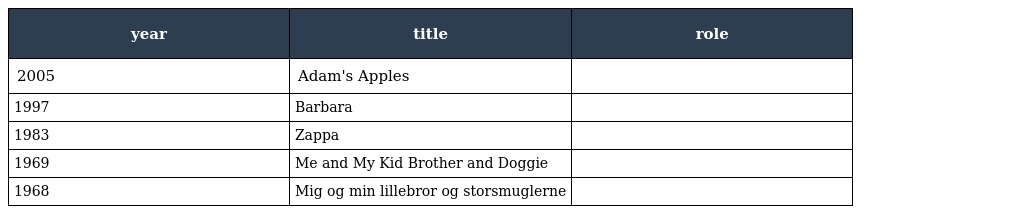
| year | title | role |
 | --- | --- | --- |
 | 2005 | Adam's Apples |  |
 | 1997 | Barbara |  |
 | 1983 | Zappa |  |
 | 1969 | Me and My Kid Brother and Doggie |  |
 | 1968 | Mig og min lillebror og storsmuglerne |  |